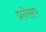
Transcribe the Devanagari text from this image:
प्रनेसप